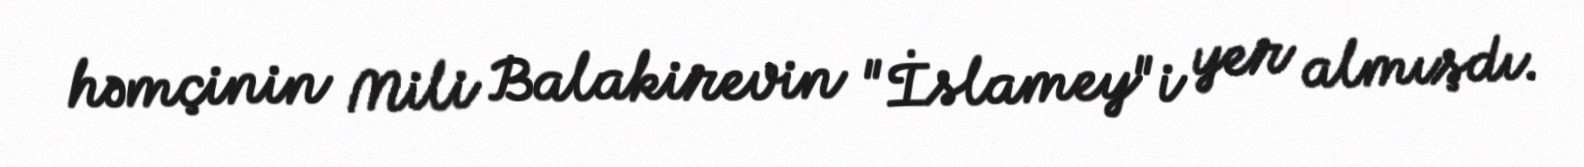
həmçinin Mili Balakirevin "İslamey"i yer almışdı.